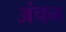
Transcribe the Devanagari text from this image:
अंचन